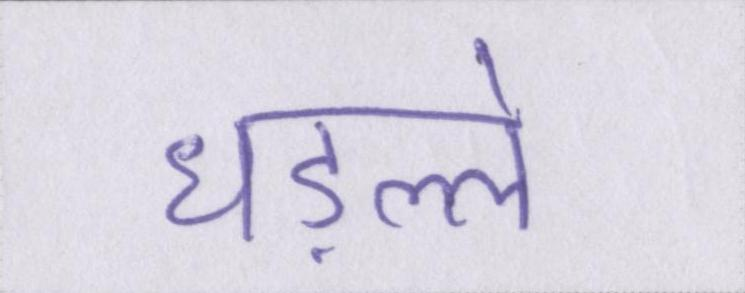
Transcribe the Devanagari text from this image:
धड़ल्ले